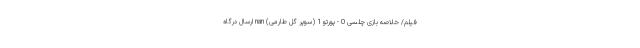
فیلم/ خلاصه بازی چلسی 0 - پورتو 1 (سوپر گل طارمی) nan ارسال درگاه